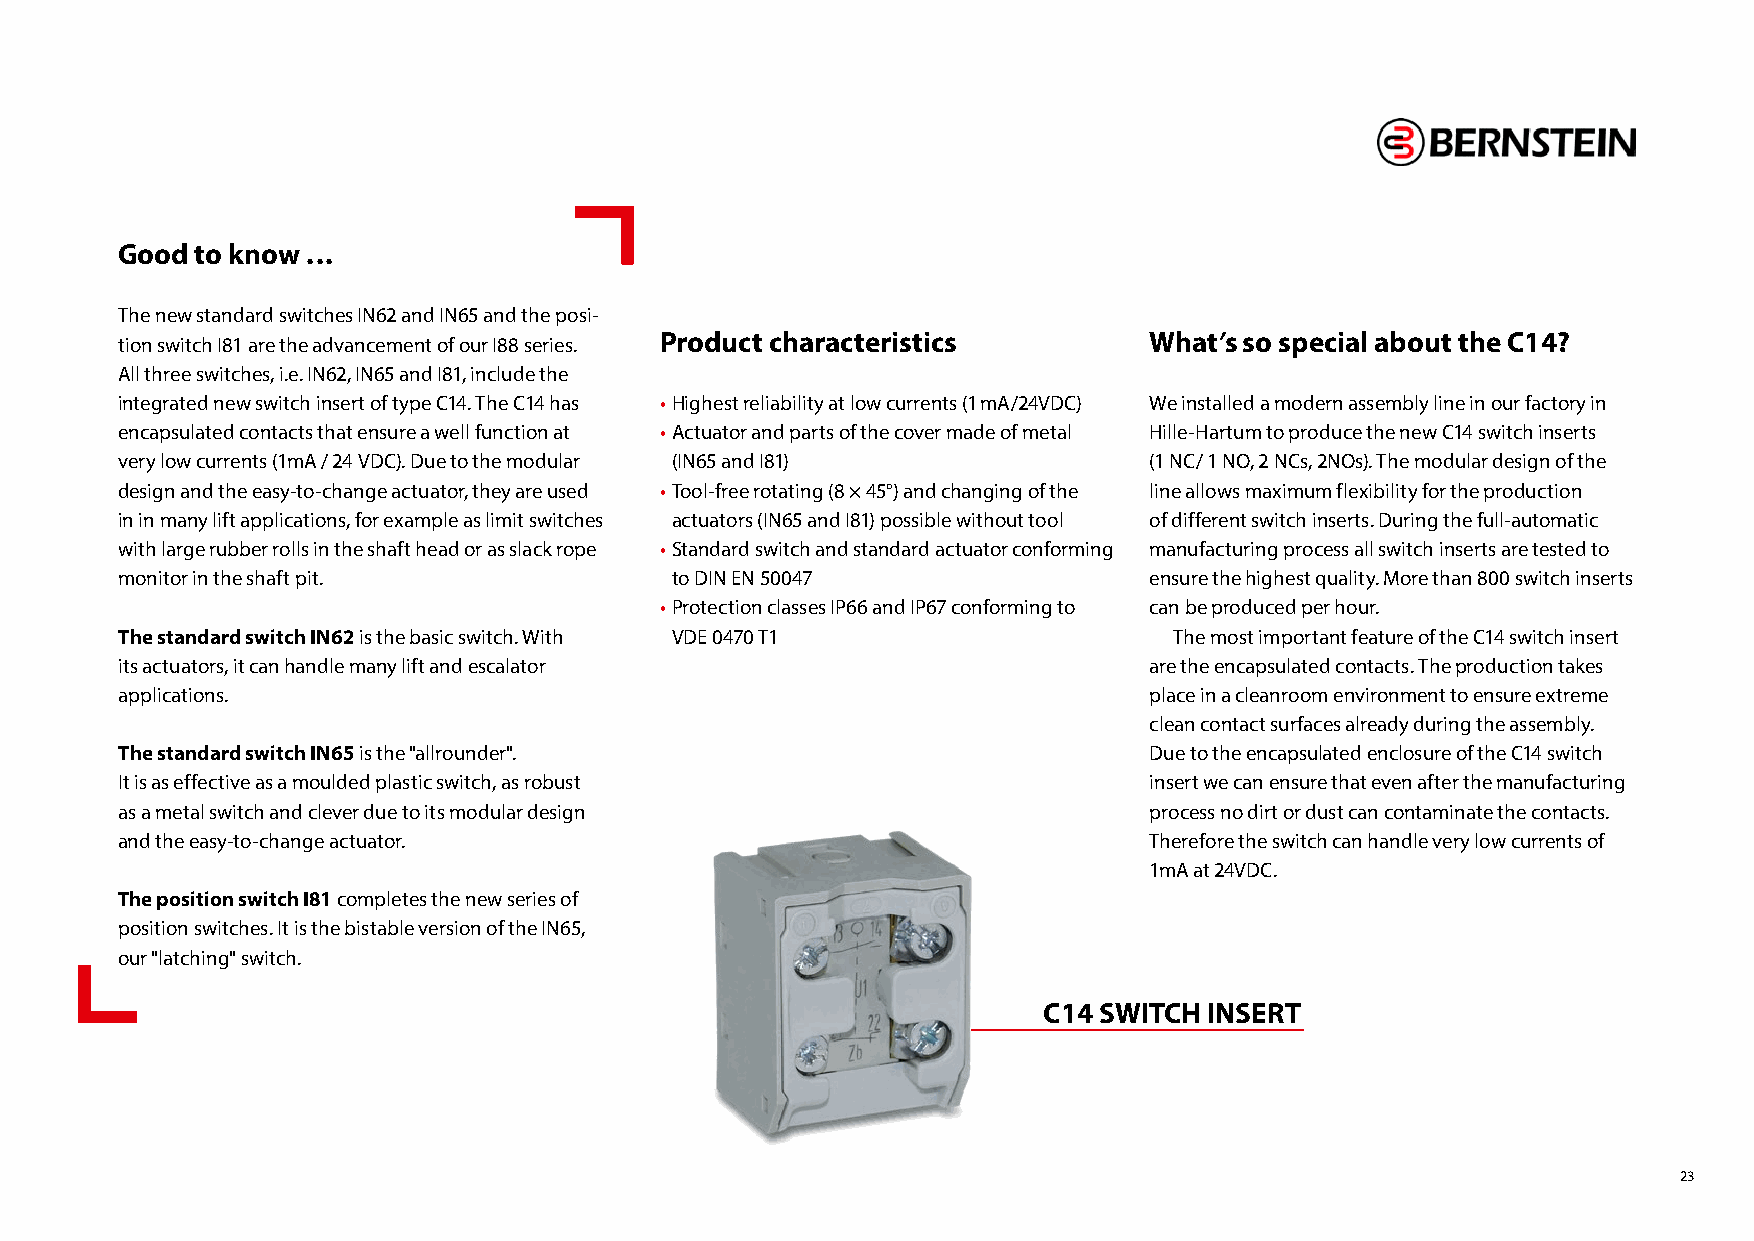
Good to know ...
 The new standard switches IN62 and IN65 and the posi-
 tion switch I81 are the advancement of our I88 series. Product characteristics What’s so special about the C14?
 All three switches, i.e. IN62, IN65 and I81, include the
 integrated new switch insert of type C14. The C14 has • Highest reliability at low currents (1 mA/24VDC) We installed a modern assembly line in our factory in
 encapsulated contacts that ensure a well function at • Actuator and parts of the cover made of metal Hille-Hartum to produce the new C14 switch inserts
 very low currents (1mA / 24 VDC). Due to the modular (IN65 and I81) (1 NC/ 1 NO, 2 NCs, 2NOs). The modular design of the
 design and the easy-to-change actuator, they are used • Tool-free rotating (8 × 45°) and changing of the line allows maximum flexibility for the production
 in in many lift applications, for example as limit switches actuators (IN65 and I81) possible without tool of different switch inserts. During the full-automatic
 with large rubber rolls in the shaft head or as slack rope • Standard switch and standard actuator conforming manufacturing process all switch inserts are tested to
 monitor in the shaft pit.           to DIN EN 50047                 ensure the highest quality. More than 800 switch inserts
 • Protection classes IP66 and IP67 conforming to can be produced per hour.
 The standard switch IN62 is the basic switch. With VDE 0470 T1        The most important feature of the C14 switch insert
 its actuators, it can handle many lift and escalator                are the encapsulated contacts. The production takes
 applications.                                                       place in a cleanroom environment to ensure extreme
 clean contact surfaces already during the assembly.
 The standard switch IN65 is the "allrounder".                       Due to the encapsulated enclosure of the C14 switch
 It is as effective as a moulded plastic switch, as robust           insert we can ensure that even after the manufacturing
 as a metal switch and clever due to its modular design              process no dirt or dust can contaminate the contacts.
 and the easy-to-change actuator.                                    Therefore the switch can handle very low currents of
 1mA at 24VDC.
 The position switch I81 completes the new series of
 position switches. It is the bistable version of the IN65,
 our "latching" switch.
 C14 SWITCH INSERT
 23